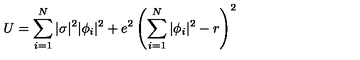
U = \sum _ { i = 1 } ^ { N } | \sigma | ^ { 2 } | \phi _ { i } | ^ { 2 } + e ^ { 2 } \left( \sum _ { i = 1 } ^ { N } | \phi _ { i } | ^ { 2 } - r \right) ^ { 2 }